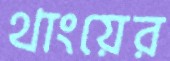
থাংয়ের